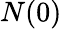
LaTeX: N(0)